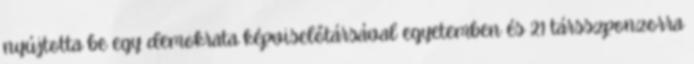
nyújtotta be egy demokrata képviselőtársával egyetemben és 21 társszponzorra